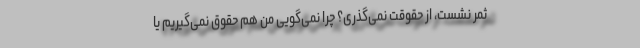
ثمر نشست، از حقوقت نمی‌گذری؟ چرا نمی‌گویی من هم حقوق نمی‌گیریم یا